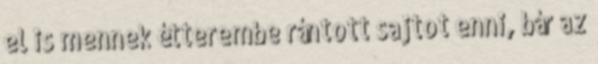
el is mennek étterembe rántott sajtot enni, bár az